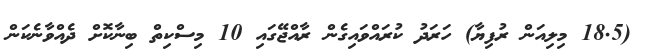
(18.5 މިލިއަން ރުފިޔާ) ހަރަދު ކުރައްވައިގެން ރާއްޖޭގައި 10 މިސްކިތް ބިނާކޮށް ދެއްވާނެކަން